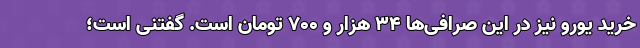
خرید یورو نیز در این صرافی‌ها ۳۴ هزار و ۷۰۰ تومان است. گفتنی است؛